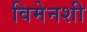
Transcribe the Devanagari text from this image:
विमेनशी